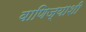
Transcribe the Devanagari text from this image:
वाणिज्याशी